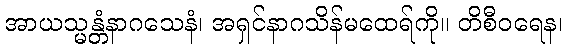
အာယသ္မန္တံနာဂသေနံ၊ အရှင်နာဂသိန်မထေရ်ကို။ တိစီဝရေန၊